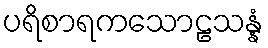
ပရိစာရကသောဠသန္နံ